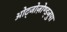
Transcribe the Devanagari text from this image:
ओट्जोज़ोण्ड्जुपा